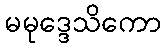
မမုဒ္ဒေသိကော